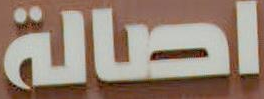
اصالة